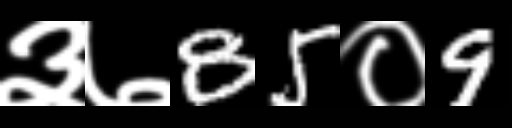
Text: ३७85०9